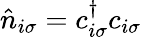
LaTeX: \hat{n}_{i\sigma}=c_{i\sigma}^{\dagger}c_{i\sigma}